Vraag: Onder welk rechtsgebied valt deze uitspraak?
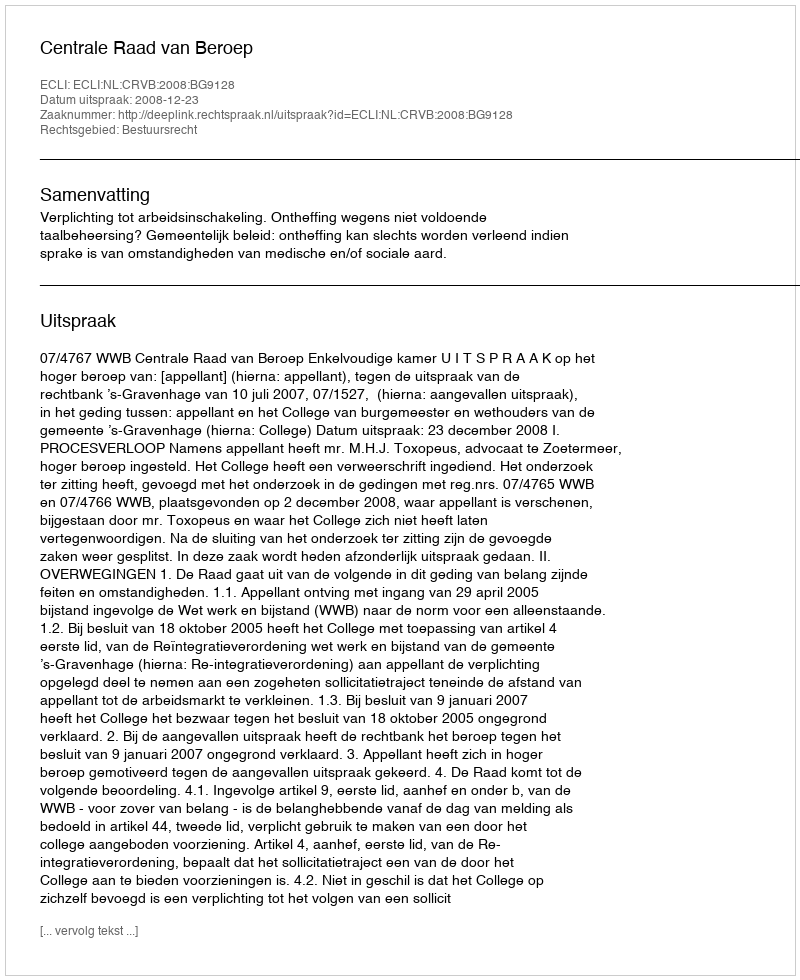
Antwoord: Bestuursrecht